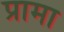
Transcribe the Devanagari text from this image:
प्रामा